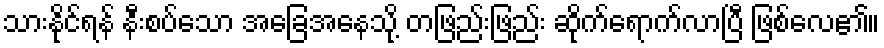
သားနိုင်ရန် နီးစပ်သော အခြေအနေသို့ တဖြည်းဖြည်း ဆိုက်ရောက်လာပြီ ဖြစ်လေ၏။